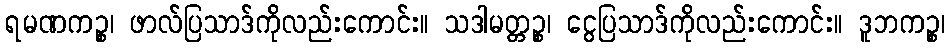
ရမဏကဉ္စ၊ ဖာလ်ပြသာဒ်ကိုလည်းကောင်း။ သဒါမတ္တဉ္စ၊ ငွေပြသာဒ်ကိုလည်းကောင်း။ ဒူဘကဉ္စ၊